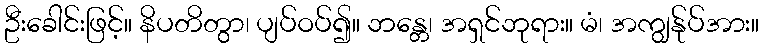
ဦးခေါင်းဖြင့်။ နိပတိတွာ၊ ပျပ်ဝပ်၍။ ဘန္တေ၊ အရှင်ဘုရား။ မံ၊ အကျွန်ုပ်အား။